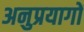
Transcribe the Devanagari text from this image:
अनुप्रयागों